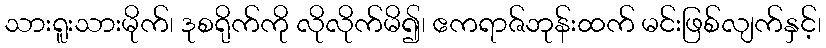
သားရူးသားမိုက်၊ ဒုစရိုက်ကို လိုလိုက်မိ၍၊ ဧကရာဇ်ဘုန်းထက် မင်းဖြစ်လျက်နှင့်၊